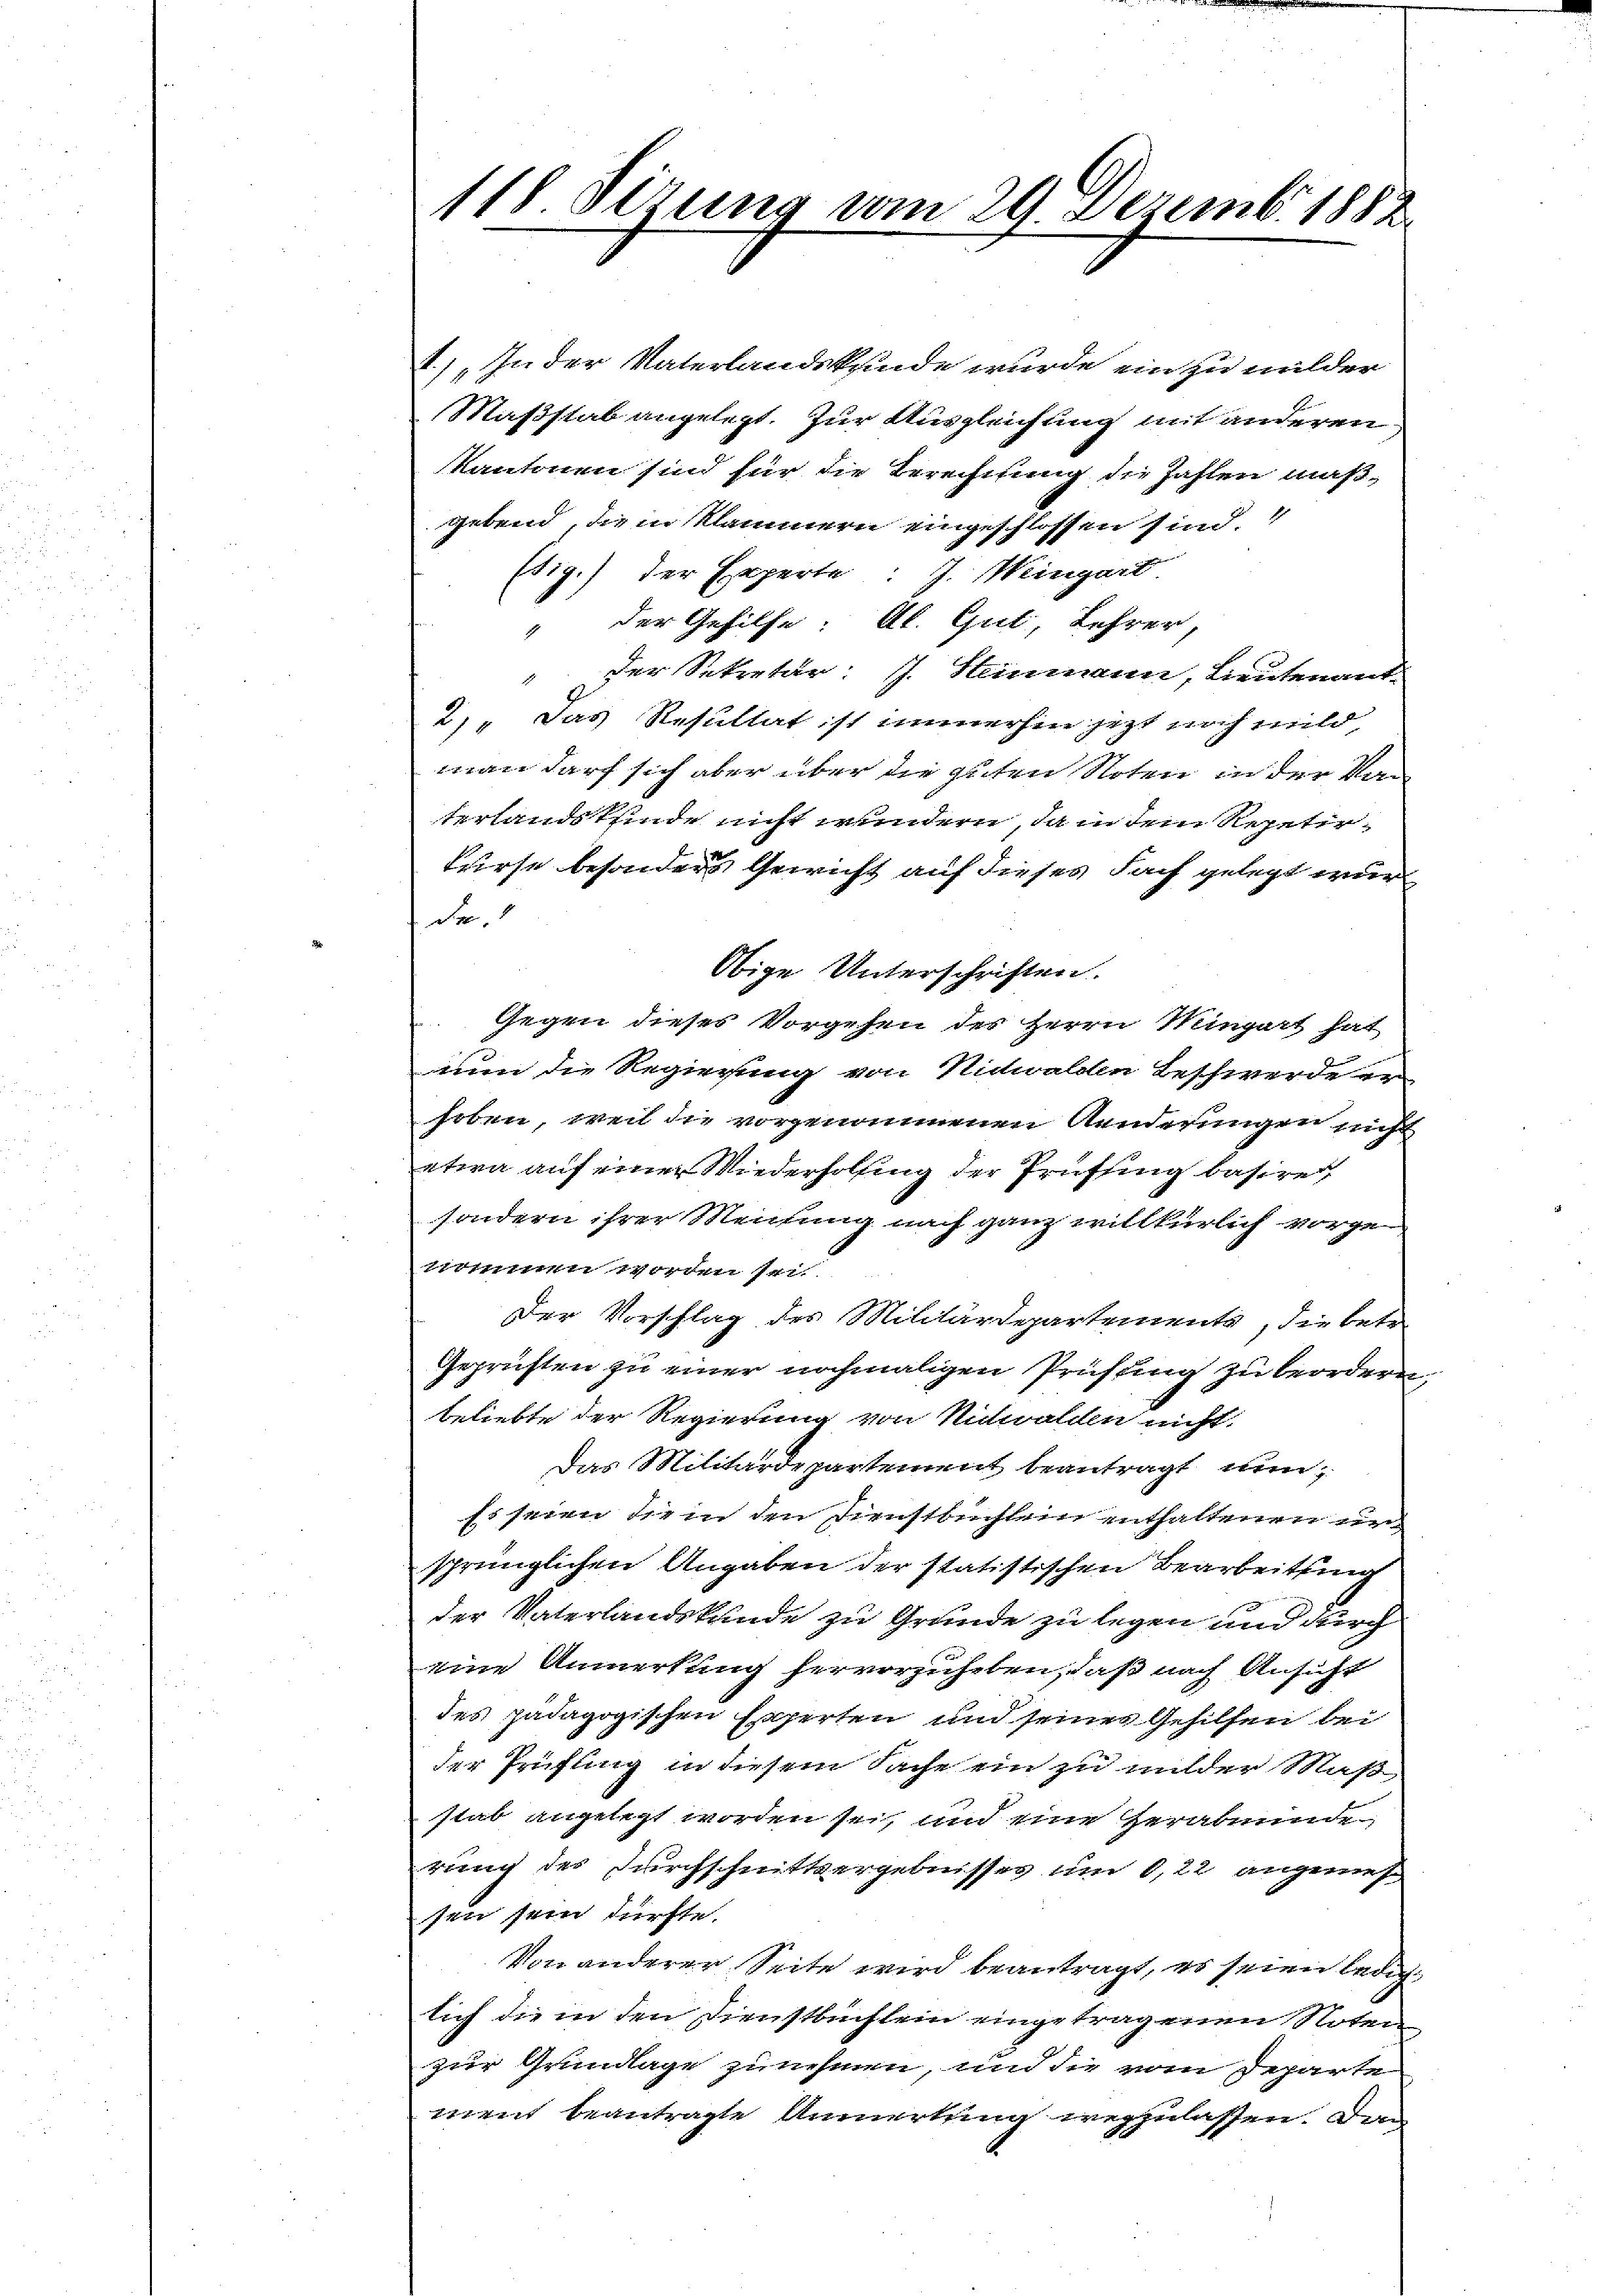
118. Sitzung vom 29. Dezemb. 1882.

t.) In der Vaterlandskunde wurde ein zu milder
Maßstab angelegt. Zur Ausgleichung mit anderen
Kantonen sind für die Berechnung die Zahlen maß-
gebend, die in Klammern eingeschlossen sind.
Etig) der Experte: J. Mingart
der Gehilfe. Al. Gut, Lehrer,
der Sekretär: J. Heinmann, Lieutenant
2). Das Resultat ist immerhin jezt noch mild,
man darf sich aber über die guten Noten in der Kan
terlandskinde nicht wundern, da in dem Repetir-
kriese besonders Gewicht auf dieses Fach gelegt wurd
f
de.
Obige Unterschriften.
Gegen dieses Vorgehen des Herrn Mingart hat
nun die Regierung von Nidwaldten Beschwerde erhoben, weil die vorgenommenen Aenderungen nicht
etwa auf einer Wiederholung der Prüffung basire,
sondern ihrer Meitung nach ganz willkürlich vorge-
momen worden sei.
Der Vorschlag des Militärdepartemente, die betr
Geprüften zu einer nochmaligen Prüfung zu beordern,
beliebte der Regierung von Nidwalden nicht
Das Militärdepartement beantragt nun
Es seien die in den Dienstbuchlein enthaltenen unsprünglichen Angaben der statistischen Bearbeitsung
der Vaterlandskunde zu Grunde zu legen und durch
eine Anmerkung hervorzuheben, daß nach Ansicht
des pädagogischen Experten und seines Gehilfen bei
der Prüfung in diesem Sache ein zu milder Maß
stab angelegt worden sei, und eine Herabminde
rung des Durchschnittsergebnisses um 6, 22 angenes
sen sein dürfte.
Von anderer Seite wird beantragt, es seien ledig
lich die in den Dienstbüchlein eingetragenen Noten
zur Grundlage zunehmen, und die vom Departe
ment beantragte Anmerkung wegzulassen. Den